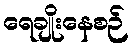
ရေချိုးနေစဉ်